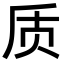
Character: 质